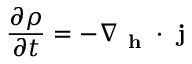
\frac { \partial \rho } { \partial t } = - \nabla _ { \textbf { h } } \cdot \textbf { j }